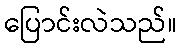
ပြောင်းလဲသည်။